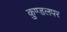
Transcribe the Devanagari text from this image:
कुण्डलपर